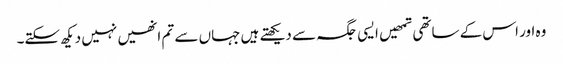
وہ اور اس کے ساتھی تمھیں ایسی جگہ سے دیکھتے ہیں جہاں سے تم انھیں نہیں دیکھ سکتے۔